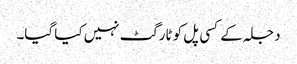
دجلہ کے کسی پل کو ٹارگٹ نہیں کیا گیا۔